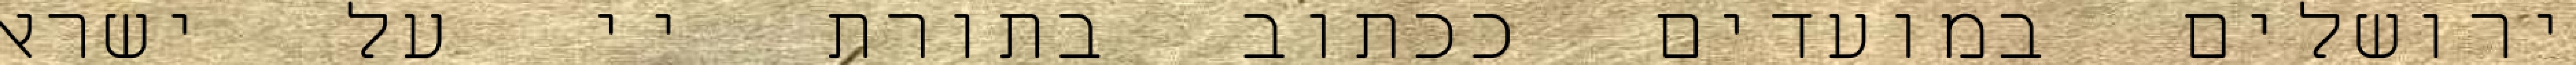
ירושלים במועדים ככתוב בתורת יי על ישראל